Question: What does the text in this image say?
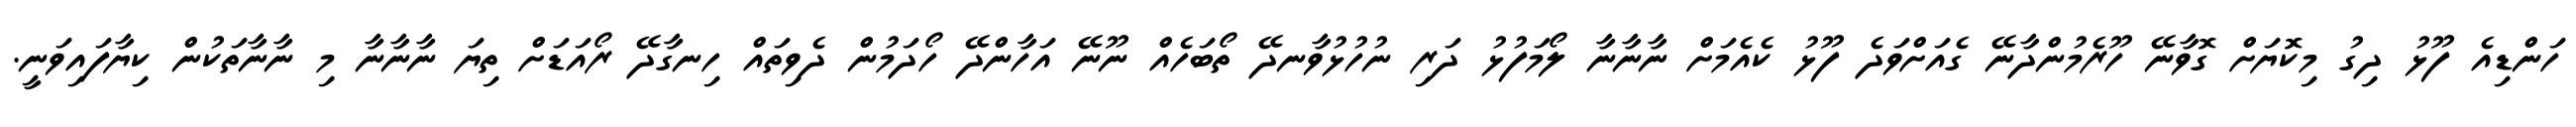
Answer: ހަންޑިއެ ފޫޅު ދިގު މިކޮޔަށް ގޮވާނޭ ހޫރެމުންދާނޭ ގެއަށްވަދެ ފޫޅު ކެއެމަށް ނާނާނާ ލޯމަފުޅު ދަރި ނުހުޅުވާނދޭ ތޯބަހެއް ނޫނޭ އަހާންދޭ ހޯދަމުން ދެވިތައް ހިނގާދޭ ރޯއަޑަށް ތިޔަ ނާނާނާ މި ނާނާތަކުން ކިޔާފައިވަނީ.